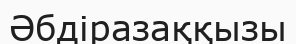
Әбдіразаққызы